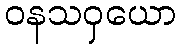
ဝနသဝှယော